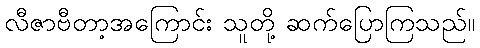
လီဇာဗီတာ့အကြောင်း သူတို့ ဆက်ပြောကြသည်။